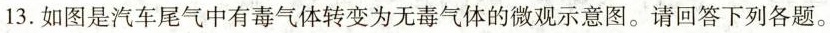
13.如图是汽车尾气中有毒气体转变为无毒气体的微观示意图。请回答下列各题。